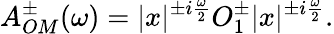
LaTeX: A_{OM}^{\pm}(\omega)=|x|^{\pm i\frac{\omega}{2}}O_{1}^{\pm}|x|^{\pm i\frac{\omega}{2}}.